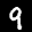
Label: 9